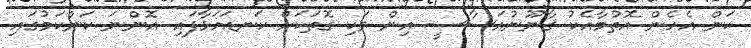
ކަން އެހެން އޮތުމާއެކު ޤާނޫނުއަސާސީ އިން ވަކި ގޮތަކަށް ކަނޑައަޅާފައި އޮންނަ ކަންކަމުގައި